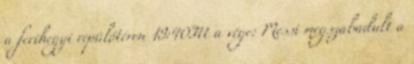
a ferihegyi repülőtéren 19:40Itt a vége: Messi megszabadult a